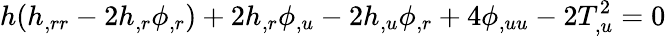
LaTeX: h(h_{,rr}-2h_{,r}\phi_{,r})+2h_{,r}\phi_{,u}-2h_{,u}\phi_{,r}+4\phi_{,uu}-2T_{,u}^{2}=0